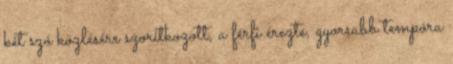
két szó közlésére szorítkozott, a férfi érezte, gyorsabb tempóra